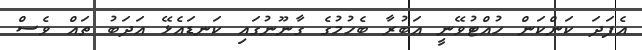
އެފަދަ ކަންކަން ހުއްޓުވޭނީ އަބުރާ ބެހުމުގެ ގާނޫނުގައި ކަނޑައެޅޭ އަދަބު ތައް ވެސް